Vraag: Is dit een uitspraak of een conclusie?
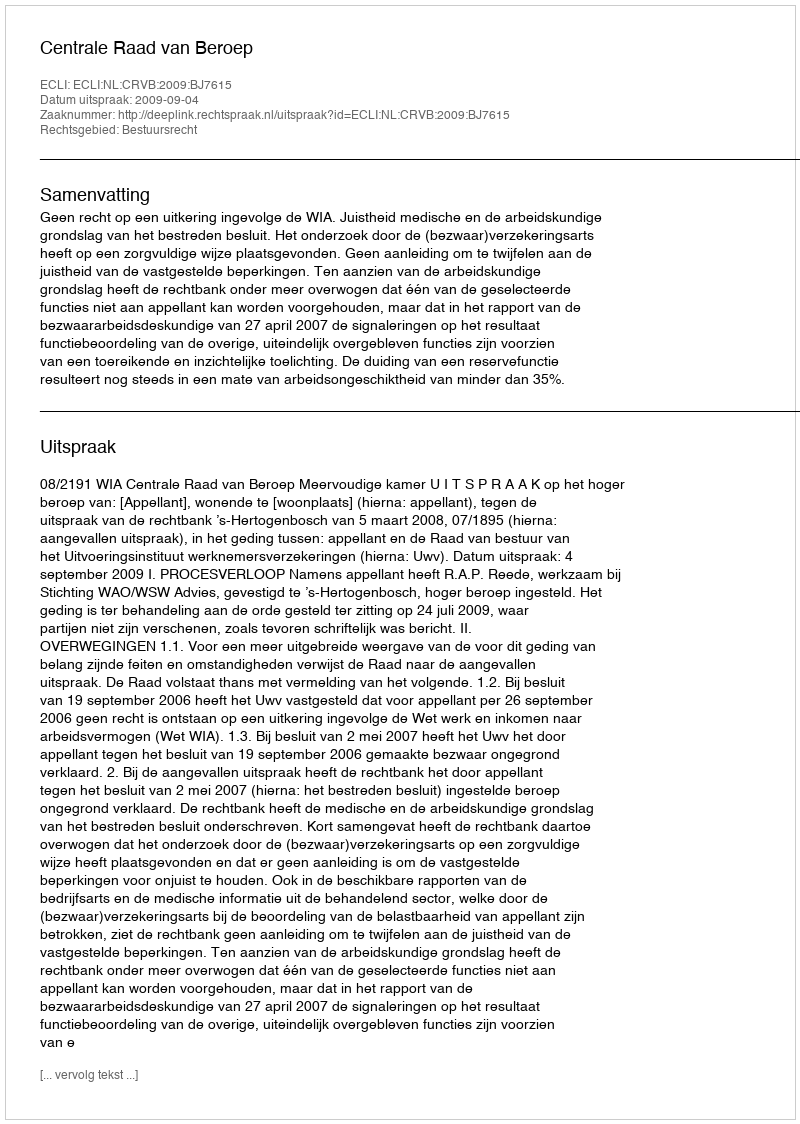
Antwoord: Uitspraak